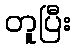
တူပြီး